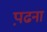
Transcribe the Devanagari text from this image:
प़ढना